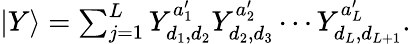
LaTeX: \begin{array}{r}{{|{Y}\rangle}=\sum_{j=1}^{L}Y_{d_{1},d_{2}}^{a_{1}^{\prime}}Y_{d_{2},d_{3}}^{a_{2}^{\prime}}\cdots Y_{d_{L},d_{L+1}}^{a_{L}^{\prime}}.}\end{array}